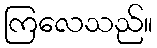
ကြလေသည်။